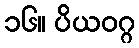
၁၆။ ပိယဝဂ္ဂ